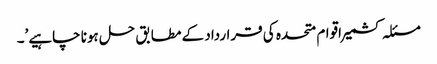
مسئلہ کشمیر اقوام متحدہ کی قرارداد کے مطابق حل ہونا چاہیے’۔